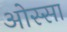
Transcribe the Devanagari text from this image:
ओस्सा